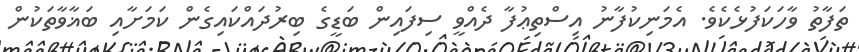
ތަފާތު ވާހަކަފުޅެކެވެ. އެމަނިކުފާނު އިސްތިޢުފާ ދެއްވީ ސިފައިން ބަޑީގެ ބިރުދައްކައިގެން ކަމަށާއި ބަޣާވާތަކުން